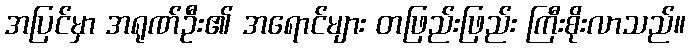
အပြင်မှာ အရုဏ်ဦး၏ အရောင်များ တဖြည်းဖြည်း ကြီးစိုးလာသည်။